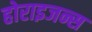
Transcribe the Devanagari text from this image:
होराइजन्स